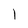
Character: I